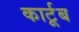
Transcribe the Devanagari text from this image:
कार्टूब